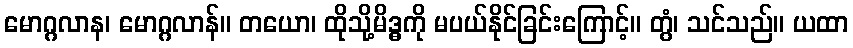
မောဂ္ဂလာန၊ မောဂ္ဂလာန်။ တယော၊ ထိုသို့မိဒ္ဓကို မပယ်နိုင်ခြင်းကြောင့်။ တွံ၊ သင်သည်။ ယထာ